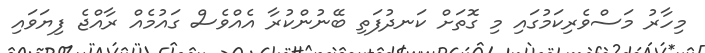
މިހާރު މަސްވެރިކަމުގައި މި ގޮތަށް ކަނދުފަތި ބޭނުންކުރާ އެއްވެސް ގައުމެއް ރާއްޖެ ފިޔަވައި